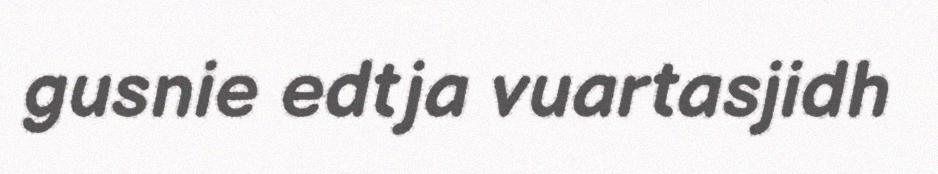
gusnie edtja vuartasjidh